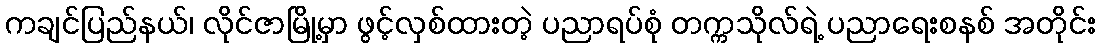
ကချင်ပြည်နယ်၊ လိုင်ဇာမြို့မှာ ဖွင့်လှစ်ထားတဲ့ ပညာရပ်စုံ တက္ကသိုလ်ရဲ့ ပညာရေးစနစ် အတိုင်း